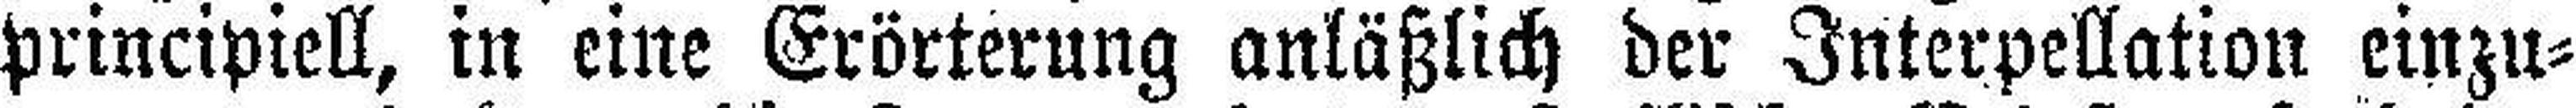
principiell, in eine Erörterung anläßlich der Interpellation einzu¬